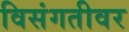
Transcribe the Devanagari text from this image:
विसंगतीवर